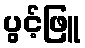
ပွင့်ဖြူ